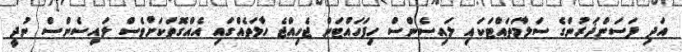
އަދި ފަސަންޛަރުންގެ ސަލާމަތައްޓަކައި ލައިސެންސް ހިފަހައްޓަން ޖެހިއްޖެ ހާލަތެއްގައި އެއްގޮތަކަށްވެސް ލައިސެންސް ނުދީ